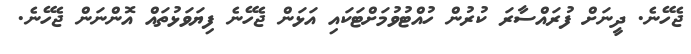
ޖެހޭނެ. ދީނަށް ފުރައްސާރަ ކުރުން ހުއްޓުވުމަށްޓަކައި އަޅަން ޖެހޭނެ ފިޔަވަޅުތައް އޮންނަން ޖެހޭނެ.